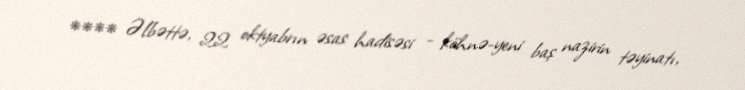
**** Əlbəttə, 22 oktyabrın əsas hadisəsi - köhnə-yeni baş nazirin təyinatı,